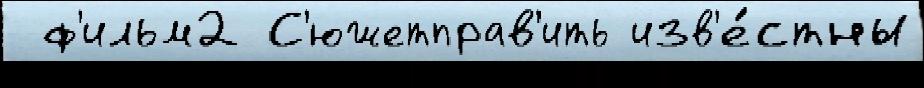
 ф'ильм2 С'южетправ'ить изв'е́стны